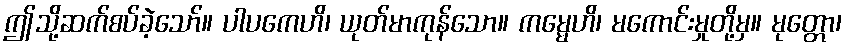
ဤသို့ဆက်စပ်ခဲ့သော်။ ပါပကေဟိ၊ ယုတ်မာကုန်သော။ ကမ္မေဟိ၊ မကောင်းမှုတို့မှ။ မုတ္တော၊